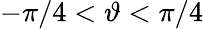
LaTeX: -\pi/4<\vartheta<\pi/4